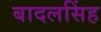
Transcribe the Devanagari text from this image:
बादलसिंह